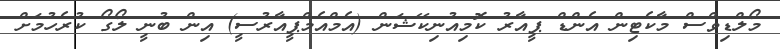
މޯލްޑިވްސް މާކެޓިން އެންޑް ޕީއާރު ކޮމިއުނިކޭޝަން (އެމްއެމްޕީއާރުސީ) އިން ބުނީ ލޯގޯ ކުރެހުމަށް